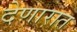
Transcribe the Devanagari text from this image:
देणारात